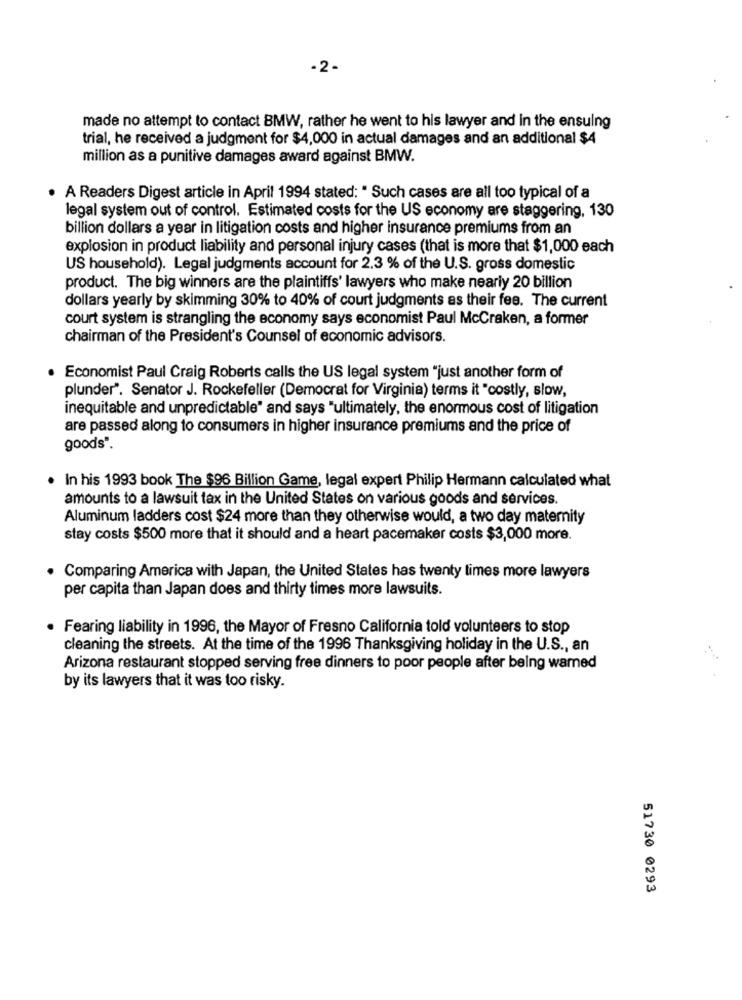
-2 -
made no attempt to contact BMW, rather he went to his lawyer and in the ensuing
trial, he received a judgment for $4,000 in actual damages and an additional $4
million as a punitive damages award against BMW.
A Readers Digest article in April 1994 stated: " Such cases are all too typical of a
legal system out of control. Estimated costs for the US economy are staggering, 130
billion dollars a year in litigation costs and higher insurance premiums from an
explosion in product liability and personal injury cases (that is more that $1,000 each
US household). Legal judgments account for 2.3 % of the U.S. gross domestic
product. The big winners are the plaintiffs' lawyers who make nearly 20 billion
dollars yearly by skimming 30% to 40% of court judgments as their fee. The current
court system is strangling the economy says economist Paul McCraken, a former
chairman of the President's Counsel of economic advisors.
. Economist Paul Craig Roberts calls the US legal system "just another form of
plunder". Senator J. Rockefeller (Democrat for Virginia) terms it "costly, slow,
inequitable and unpredictable" and says "ultimately, the enormous cost of litigation
are passed along to consumers in higher insurance premiums and the price of
goods".
. In his 1993 book The $96 Billion Game, legal expert Philip Hermann calculated what
amounts to a lawsuit tax in the United States on various goods and services.
Aluminum ladders cost $24 more than they otherwise would, a two day maternity
stay costs $500 more that it should and a heart pacemaker costs $3,000 more.
Comparing America with Japan, the United States has twenty times more lawyers
per capita than Japan does and thirty times more lawsuits.
Fearing liability in 1996, the Mayor of Fresno California told volunteers to stop
cleaning the streets. At the time of the 1996 Thanksgiving holiday in the U.S ., an
Arizona restaurant stopped serving free dinners to poor people after being warned
by its lawyers that it was too risky.
51730 0293